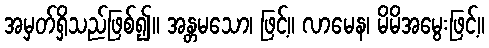
အမှတ်ရှိသည်ဖြစ်၍။ အန္တမသော၊ ဖြင့်။ လာမေန၊ မိမိအမွေးဖြင့်။